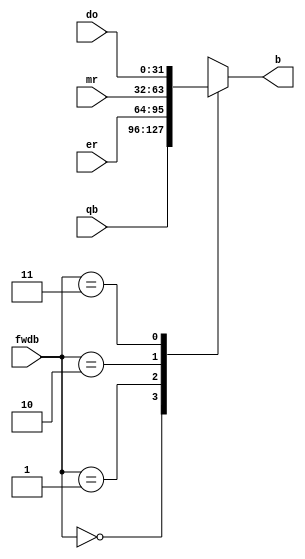
`timescale 1ns / 1ps
//////////////////////////////////////////////////////////////////////////////////
// Company: 
// Engineer: 
// 
// Design Name: 
// Module Name: b_mux
// Project Name: 
// Target Devices: 
// Tool Versions: 
// Description: 
// 
// Dependencies: 
// 
// Revision:
// Revision 0.01 - File Created
// Additional Comments:
// 
//////////////////////////////////////////////////////////////////////////////////


module b_mux(
    input [1:0] fwdb,
    input [31:0] qb,
    input [31:0] er,
    input [31:0] mr,
    input [31:0] do,
    output reg [31:0] b
    );
    always @(*) begin 
        case(fwdb) 
            2'b00: b <= qb;
            2'b01: b <= er;
            2'b10: b <= mr;
            2'b11: b <= do;
        endcase
    end
endmodule